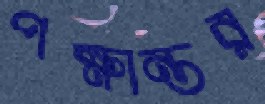
পক্ষান্তর